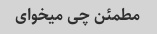
مطمئن چی میخوای